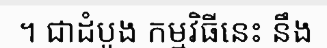
។ ជាដំបូង កម្មវិធីនេះ នឹង